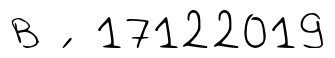
В ́ 17122019